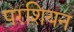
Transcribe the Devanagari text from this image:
परशियन